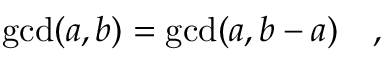
\operatorname* { g c d } ( a , b ) = \operatorname* { g c d } ( a , b - a ) \quad ,